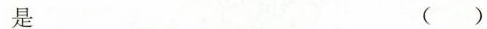
是 ( )